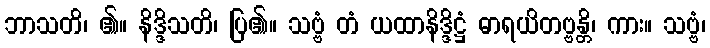
ဘာသတိ၊ ၏။ နိဒ္ဒိသတိ၊ ပြ၏။ သဗ္ဗံ တံ ယထာနိဒ္ဒိဋ္ဌံ ဓာရယိတဗ္ဗန္တိ၊ ကား။ သဗ္ဗံ၊